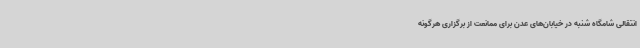
انتقالی شامگاه شنبه در خیابان‌های عدن برای ممانعت از برگزاری هرگونه